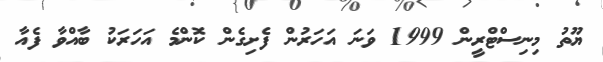
ޔޫތު މިނިސްޓްރީން 1999 ވަނަ އަހަރުން ފެށިގެން ކޮންމެ އަހަރަކު ބާއްވާ ފެއާ